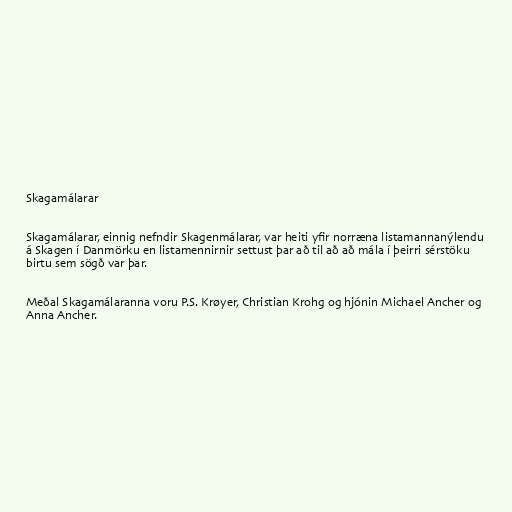
Skagamálarar

Skagamálarar, einnig nefndir Skagenmálarar, var heiti yfir norræna listamannanýlendu
á Skagen í Danmörku en listamennirnir settust þar að til að að mála í þeirri sérstöku
birtu sem sögð var þar.

Meðal Skagamálaranna voru P.S. Krøyer, Christian Krohg og hjónin Michael Ancher og
Anna Ancher.